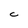
Character: C